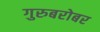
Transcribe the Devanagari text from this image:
गुरुबरोबर